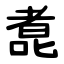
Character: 㗯